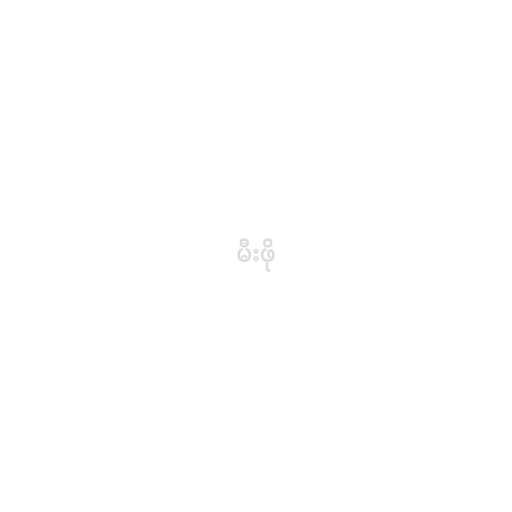
မီးဖို